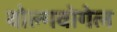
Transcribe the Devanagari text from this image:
वोल्गवोगेल